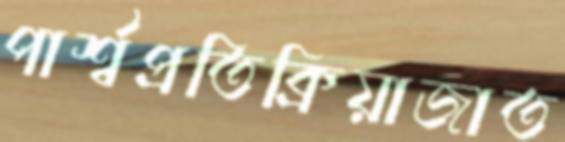
পার্শ্বপ্রতিক্রিয়াজাত